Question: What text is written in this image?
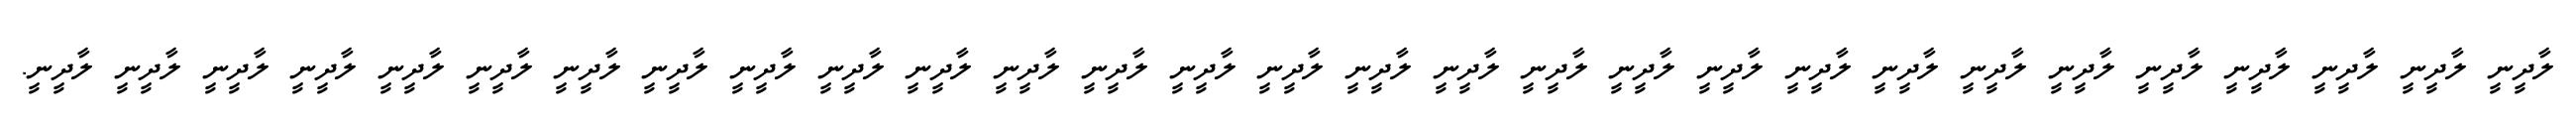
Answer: ލާދީނީ ލާދީނީ ލާދީނީ ލާދީނީ ލާދީނީ ލާދީނީ ލާދީނީ ލާދީނީ ލާދީނީ ލާދީނީ ލާދީނީ ލާދީނީ ލާދީނީ ލާދީނީ ލާދީނީ ލާދީނީ ލާދީނީ ލާދީނީ ލާދީނީ ލާދީނީ ލާދީނީ ލާދީނީ ލާދީނީ ލާދީނީ ލާދީނީ ލާދީނީ ލާދީނީ ލާދީނީ ލާދީނީ.